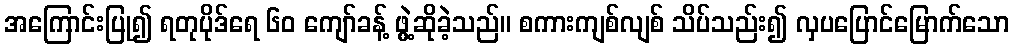
အကြောင်းပြု၍ ရတုပိုဒ်ရေ ၆၀ ကျော်ခန့် ဖွဲ့ဆိုခဲ့သည်။ စကားကျစ်လျစ် သိပ်သည်း၍ လှပပြောင်မြောက်သော